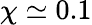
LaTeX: \chi\simeq 0.1